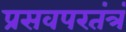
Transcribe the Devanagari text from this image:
प्रसवपरतंत्रं